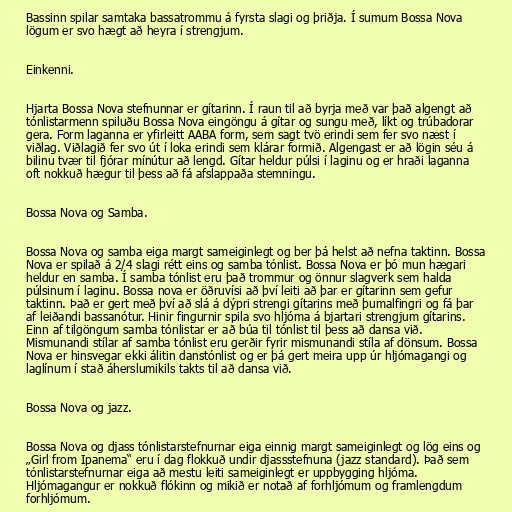
Bassinn spilar samtaka bassatrommu á fyrsta slagi og þriðja. Í sumum Bossa Nova
lögum er svo hægt að heyra í strengjum.

Einkenni.

Hjarta Bossa Nova stefnunnar er gítarinn. Í raun til að byrja með var það algengt að
tónlistarmenn spiluðu Bossa Nova eingöngu á gítar og sungu með, líkt og trúbadorar
gera. Form laganna er yfirleitt AABA form, sem sagt tvö erindi sem fer svo næst í
viðlag. Viðlagið fer svo út í loka erindi sem klárar formið. Algengast er að lögin séu á
bilinu tvær til fjórar mínútur að lengd. Gítar heldur púlsi í laginu og er hraði laganna
oft nokkuð hægur til þess að fá afslappaða stemningu.

Bossa Nova og Samba.

Bossa Nova og samba eiga margt sameiginlegt og ber þá helst að nefna taktinn. Bossa
Nova er spilað á 2/4 slagi rétt eins og samba tónlist. Bossa Nova er þó mun hægari
heldur en samba. Í samba tónlist eru það trommur og önnur slagverk sem halda
púlsinum í laginu. Bossa nova er öðruvísi að því leiti að þar er gítarinn sem gefur
taktinn. Það er gert með því að slá á dýpri strengi gítarins með þumalfingri og fá þar
af leiðandi bassanótur. Hinir fingurnir spila svo hljóma á bjartari strengjum gítarins.
Einn af tilgöngum samba tónlistar er að búa til tónlist til þess að dansa við.
Mismunandi stílar af samba tónlist eru gerðir fyrir mismunandi stíla af dönsum. Bossa
Nova er hinsvegar ekki álitin danstónlist og er þá gert meira upp úr hljómagangi og
laglínum í stað áherslumikils takts til að dansa við.

Bossa Nova og jazz.

Bossa Nova og djass tónlistarstefnurnar eiga einnig margt sameiginlegt og lög eins og
„Girl from Ipanema“ eru í dag flokkuð undir djassstefnuna (jazz standard). Það sem
tónlistarstefnurnar eiga að mestu leiti sameiginlegt er uppbygging hljóma.
Hljómagangur er nokkuð flókinn og mikið er notað af forhljómum og framlengdum
forhljómum.